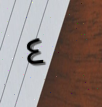
٤